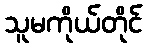
သူမကိုယ်တိုင်